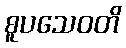
စူပသေဝတိ